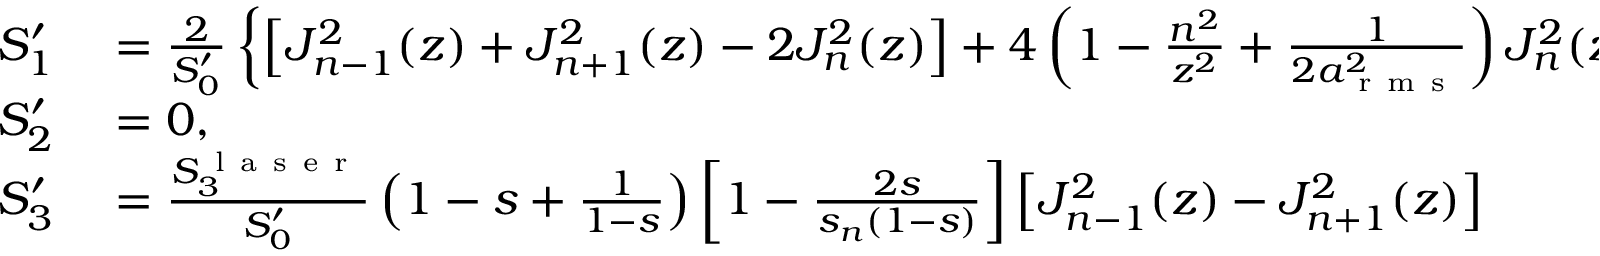
\begin{array} { r l } { S _ { 1 } ^ { \prime } } & { { } = \frac { 2 } { S _ { 0 } ^ { \prime } } \left\{ \left[ J _ { n - 1 } ^ { 2 } ( z ) + J _ { n + 1 } ^ { 2 } ( z ) - 2 J _ { n } ^ { 2 } ( z ) \right] + 4 \left( 1 - \frac { n ^ { 2 } } { z ^ { 2 } } + \frac { 1 } { 2 a _ { \mathrm { ~ r ~ m ~ s ~ } } ^ { 2 } } \right) J _ { n } ^ { 2 } ( z ) \right\} , } \\ { S _ { 2 } ^ { \prime } } & { { } = 0 , } \\ { S _ { 3 } ^ { \prime } } & { { } = \frac { S _ { 3 } ^ { \mathrm { ~ l ~ a ~ s ~ e ~ r ~ } } } { S _ { 0 } ^ { \prime } } \left( 1 - s + \frac { 1 } { 1 - s } \right) \left[ 1 - \frac { 2 s } { s _ { n } ( 1 - s ) } \right] \left[ J _ { n - 1 } ^ { 2 } ( z ) - J _ { n + 1 } ^ { 2 } ( z ) \right] } \end{array}